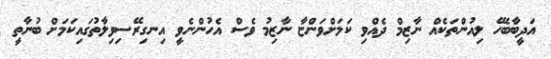
އަދީބާބެހޭ ލިއުންތަކެއް ނާޒިމް ދެއްވި ކަމަށްވަންޏާ ނާޒިމު ވެސް އެހުންނެވީ އިނގިރޭސިވިލާތުގައިކަމަށް ބުނާތީ